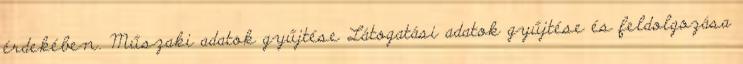
érdekében. Műszaki adatok gyűjtése Látogatási adatok gyűjtése és feldolgozása